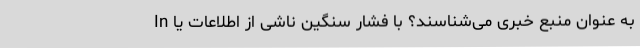
به عنوان منبع خبری می‌شناسند؟ با فشار سنگین ناشی از اطلاعات یا In